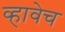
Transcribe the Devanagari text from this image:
व्हावेच